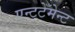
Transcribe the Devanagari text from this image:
एन्टटेँमेन्ट